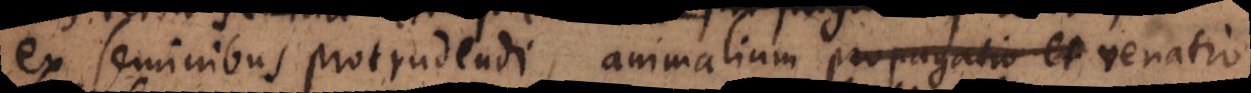
ex seminibus protrudendi, animalium propagatio et